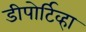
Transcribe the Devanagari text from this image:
डीपोर्टिव्हा